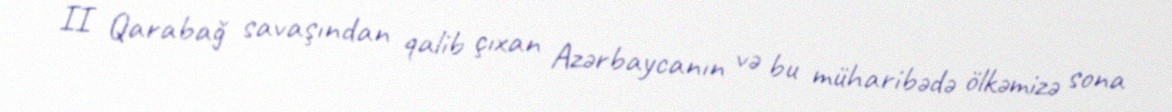
II Qarabağ savaşından qalib çıxan Azərbaycanın və bu müharibədə ölkəmizə sona